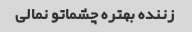
زننده بهتره چشماتو نمالی